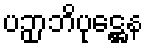
ပဉှာဘိပုဋ္ဌေန